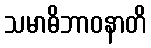
သမာဓိဘာဝနာတိ